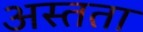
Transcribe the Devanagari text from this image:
अस्तता